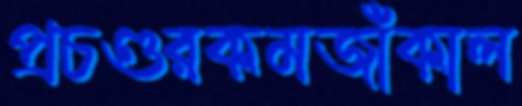
প্রচণ্ডরকমজাঁকাল